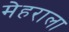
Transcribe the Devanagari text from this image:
मेहराला